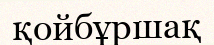
қойбұршақ